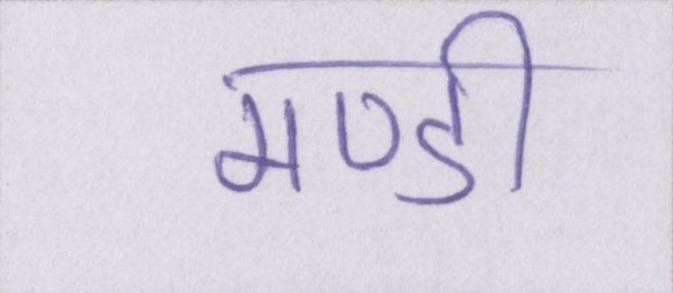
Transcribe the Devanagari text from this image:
मण्डी